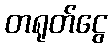
တရုတ်ငွေ